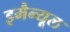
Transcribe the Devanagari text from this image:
इमैन्यूल